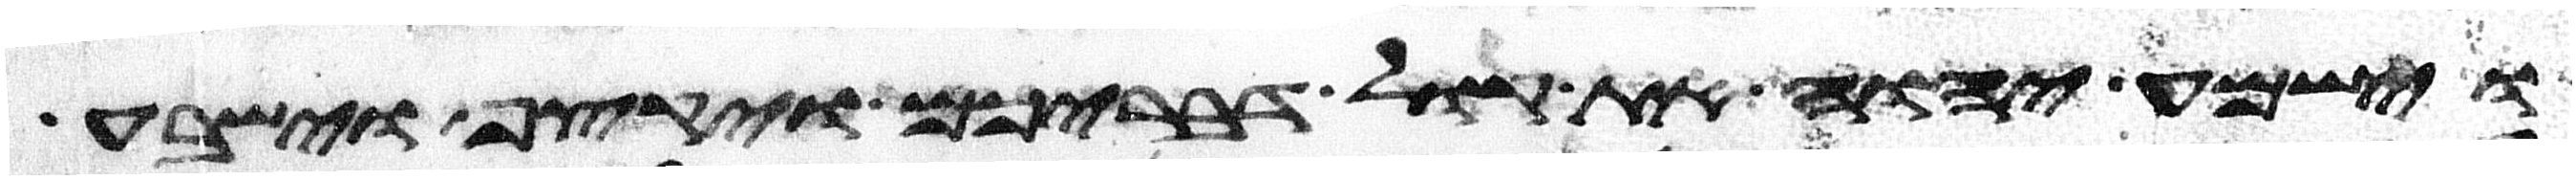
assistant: וישמע יהוה את קול דבריכם ויקצף וישבע